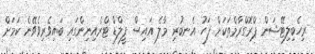
ރިހެބިލިޓޭޝަން ޕްރޮގްރާމްތަކަށް ފަހު އެނބުރި މާލެ އައިސް ފީލްޑް ޓްރެއިނިންގައި ބައިވެރިވެވޭނެ ކަމަށް